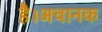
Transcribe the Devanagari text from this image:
है।अचानक